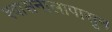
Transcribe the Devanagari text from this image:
श्वासनालापासून